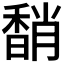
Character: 𩡈